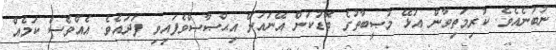
ނުބުނެއެވެ. ކުރިމަތިވާން އުޅޭ މުޞީބާތުގެ ބޮޑުކަން އޭނައަށް އިޙްޞާޞްވެފައިވި ފަދައެވެ. އެއްވެސް ކަމެއް